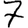
Digit: 7